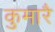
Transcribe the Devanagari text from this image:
कुमारै